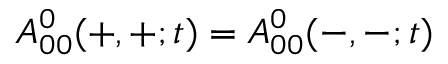
A _ { 0 0 } ^ { 0 } ( + , + ; t ) = A _ { 0 0 } ^ { 0 } ( - , - ; t )